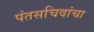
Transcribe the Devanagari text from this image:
पंतसचिवांचा